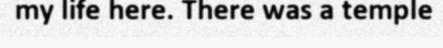
my life here. There was a temple